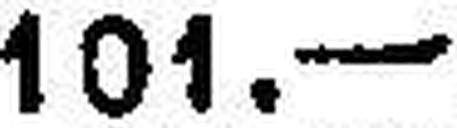
101.—